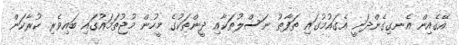
އޭގެއިން އެނގިގެންދަނީ އެގައުމުގައި ތަފާތު ނަސްލުތަކާއި ދީންތަކުގެ މީހުން މުޖުތަމައުގައި ބައިވެރި ކުރާކަން